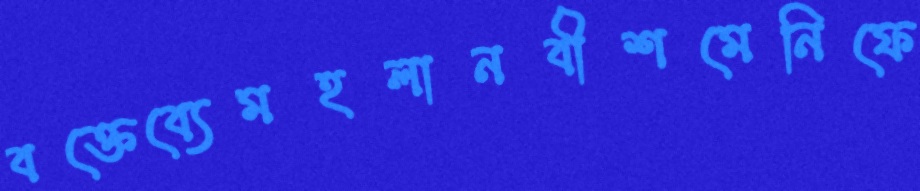
বক্তেব্যেমহলানবীশমেনিফে